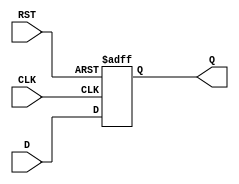
module stage_register (
    input wire D,        // Data Input
    input wire CLK,      // Clock Input
    input wire RST,      // Asynchronous Reset
    output reg Q         // Data Output
);

// Always block triggered on the clock edge or reset
always @(posedge CLK or posedge RST) begin
    if (RST) begin
        Q <= 1'b0;      // Reset the output to 0 when RST is asserted
    end else begin
        Q <= D;         // Capture the input data on the rising edge of the clock
    end
end

endmodule